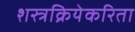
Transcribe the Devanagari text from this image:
शस्त्रक्रियेकरिता